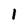
Character: I